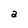
Character: a